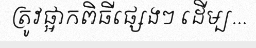
ត្រូវផ្អាកពិធីផ្សេងៗ ដើម្ប...